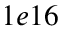
1 e 1 6